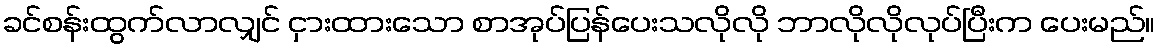
ခင်စန်းထွက်လာလျှင် ငှားထားသော စာအုပ်ပြန်ပေးသလိုလို ဘာလိုလိုလုပ်ပြီးက ပေးမည်။